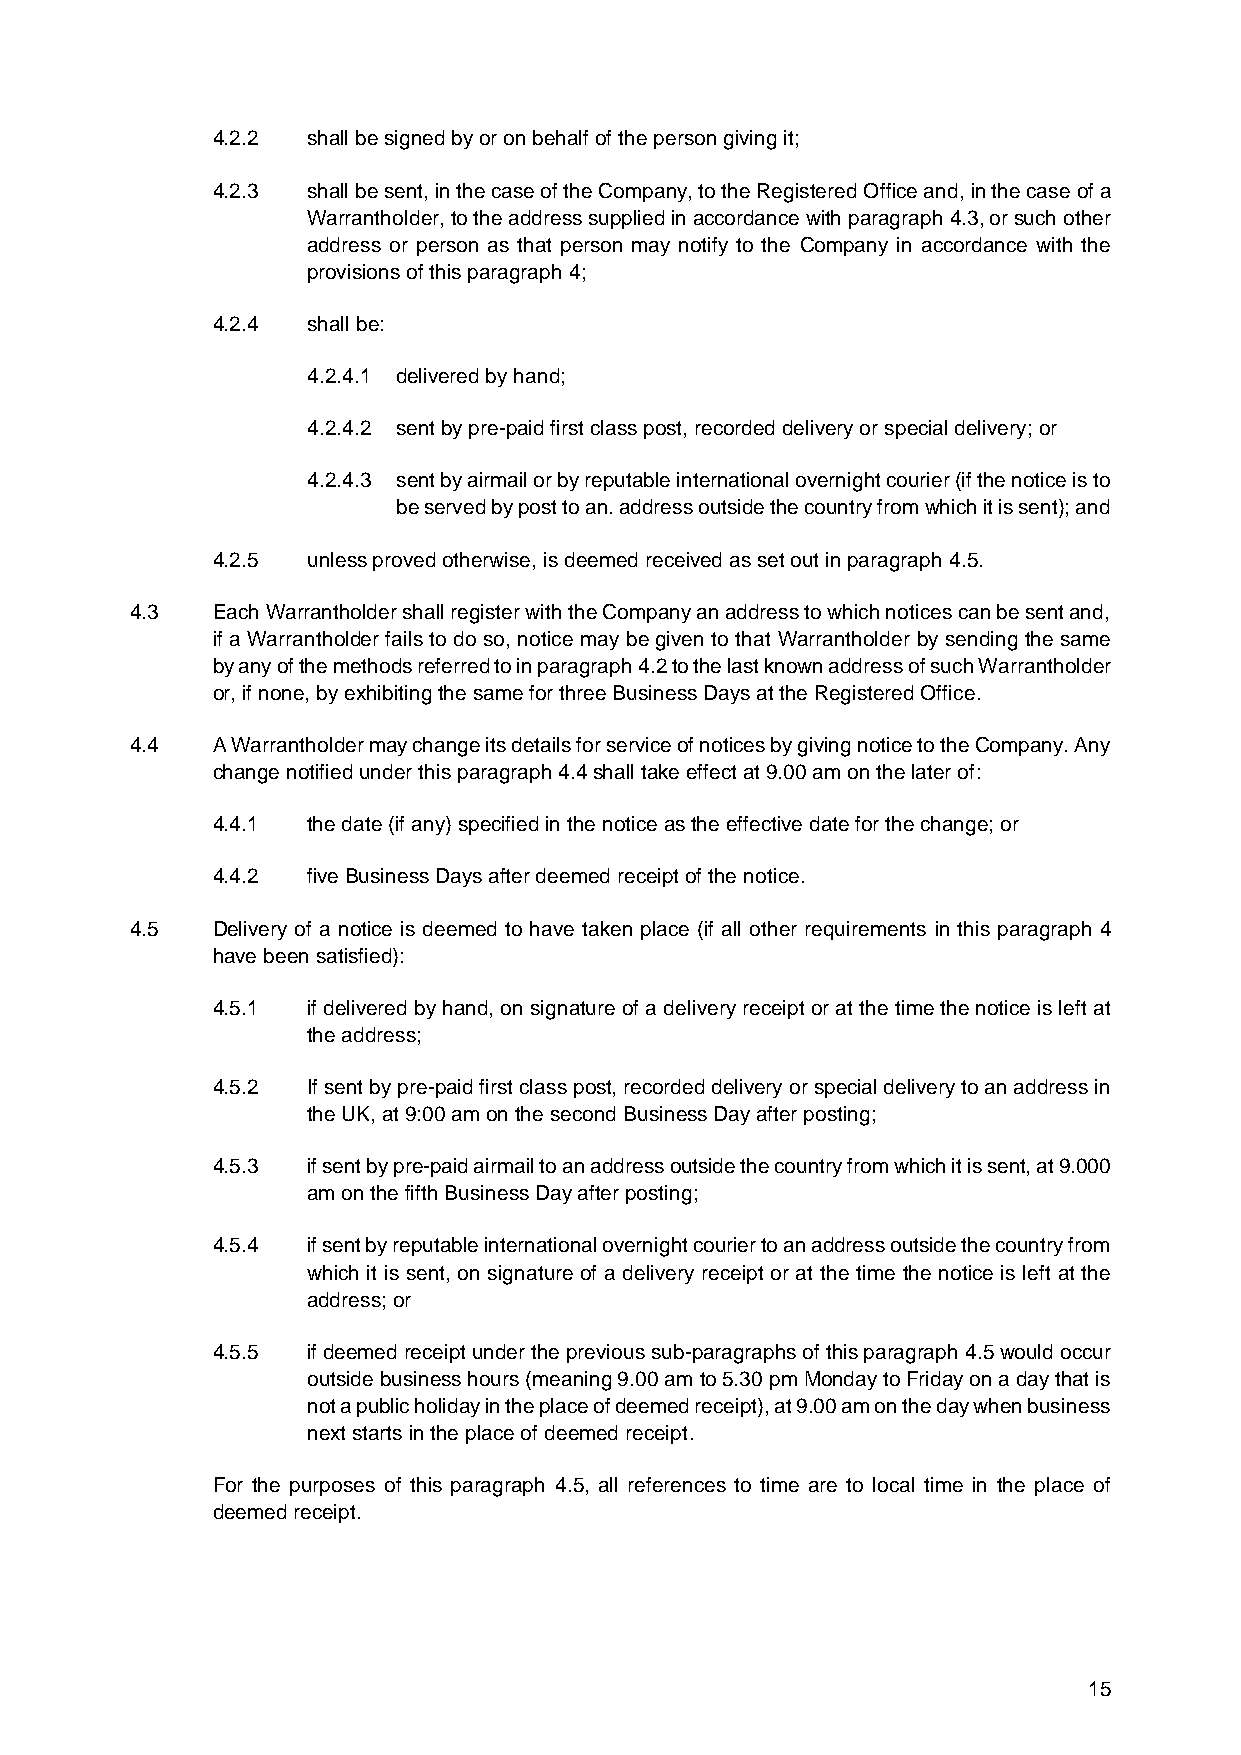
4.2.2 shall be signed by or on behalf of the person giving it;
 4.2.3 shall be sent, in the case of the Company, to the Registered Office and, in the case of a
 Warrantholder, to the address supplied in accordance with paragraph 4.3, or such other
 address or person as that person may notify to the Company in accordance with the
 provisions of this paragraph 4;
 4.2.4 shall be:
 4.2.4.1 delivered by hand;
 4.2.4.2 sent by pre-paid first class post, recorded delivery or special delivery; or
 4.2.4.3 sent by airmail or by reputable international overnight courier (if the notice is to
 be served by post to an. address outside the country from which it is sent); and
 4.2.5 unless proved otherwise, is deemed received as set out in paragraph 4.5.
 4.3  Each Warrantholder shall register with the Company an address to which notices can be sent and,
 if a Warrantholder fails to do so, notice may be given to that Warrantholder by sending the same
 by any of the methods referred to in paragraph 4.2 to the last known address of such Warrantholder
 or, if none, by exhibiting the same for three Business Days at the Registered Office.
 4.4  A Warrantholder may change its details for service of notices by giving notice to the Company. Any
 change notified under this paragraph 4.4 shall take effect at 9.00 am on the later of:
 4.4.1 the date (if any) specified in the notice as the effective date for the change; or
 4.4.2 five Business Days after deemed receipt of the notice.
 4.5  Delivery of a notice is deemed to have taken place (if all other requirements in this paragraph 4
 have been satisfied):
 4.5.1 if delivered by hand, on signature of a delivery receipt or at the time the notice is left at
 the address;
 4.5.2 If sent by pre-paid first class post, recorded delivery or special delivery to an address in
 the UK, at 9:00 am on the second Business Day after posting;
 4.5.3 if sent by pre-paid airmail to an address outside the country from which it is sent, at 9.000
 am on the fifth Business Day after posting;
 4.5.4 if sent by reputable international overnight courier to an address outside the country from
 which it is sent, on signature of a delivery receipt or at the time the notice is left at the
 address; or
 4.5.5 if deemed receipt under the previous sub-paragraphs of this paragraph 4.5 would occur
 outside business hours (meaning 9.00 am to 5.30 pm Monday to Friday on a day that is
 not a public holiday in the place of deemed receipt), at 9.00 am on the day when business
 next starts in the place of deemed receipt.
 For the purposes of this paragraph 4.5, all references to time are to local time in the place of
 deemed receipt.
 15